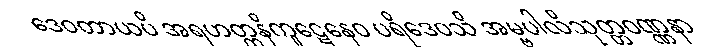
ဒေဝတာယပိ အရဟတ္တနိကူဋေနေဝ ပရိဒေဝသိ အမ္ဗပါလိသုတ္တဝဏ္ဏနာ